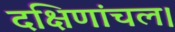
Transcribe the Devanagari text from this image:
दक्षिणांचल।